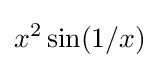
x^{2}\sin(1/x)